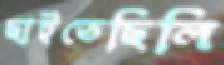
ছাইতেছিলি